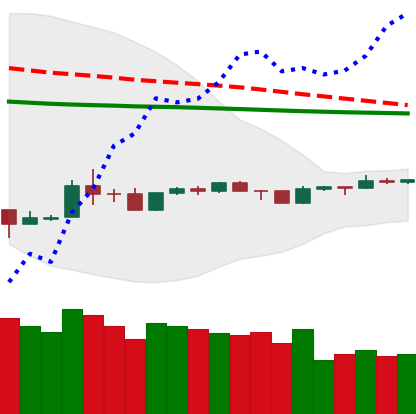
Ticker: TRX-USD
Chart end date: 2020-04-04
Forward return: 12.577%
Label: up_7plus